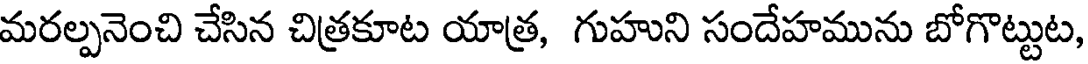
మరల్పనెంచి చేసిన చిత్రకూట యాత్ర, గుహుని సందేహమును బోగొట్టుట,